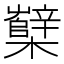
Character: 櫱